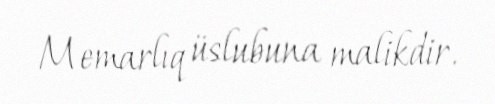
Memarlıq üslubuna malikdir.